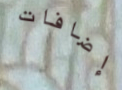
إضافات